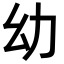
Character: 幼